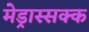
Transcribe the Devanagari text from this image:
मेड्रास्सक्क